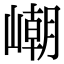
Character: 𡼼